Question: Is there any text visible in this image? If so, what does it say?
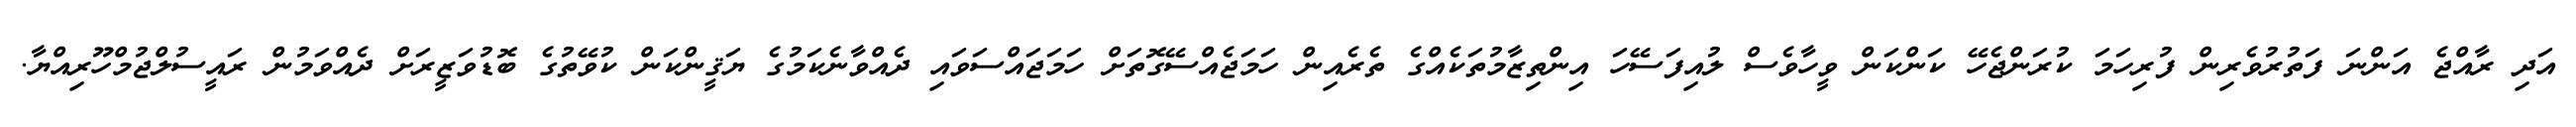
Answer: އަދި ރާއްޖެ އަންނަ ފަތުރުވެރިން ފުރިހަމަ ކުރަންޖެހޭ ކަންކަން ވީހާވެސް ލުއިފަސޭހަ އިންތިޒާމުތަކެއްގެ ތެރެއިން ހަމަޖެއްސޭގޮތަށް ހަމަޖައްސަވައި ދެއްވާނެކަމުގެ ޔަޤީންކަން ކުވޭތުގެ ބޮޑުވަޒީރަށް ދެއްވަމުން ރައީސުލްޖުމްހޫރިއްޔާ.